Revision of Machinery of Youth Service Scheme, 1942
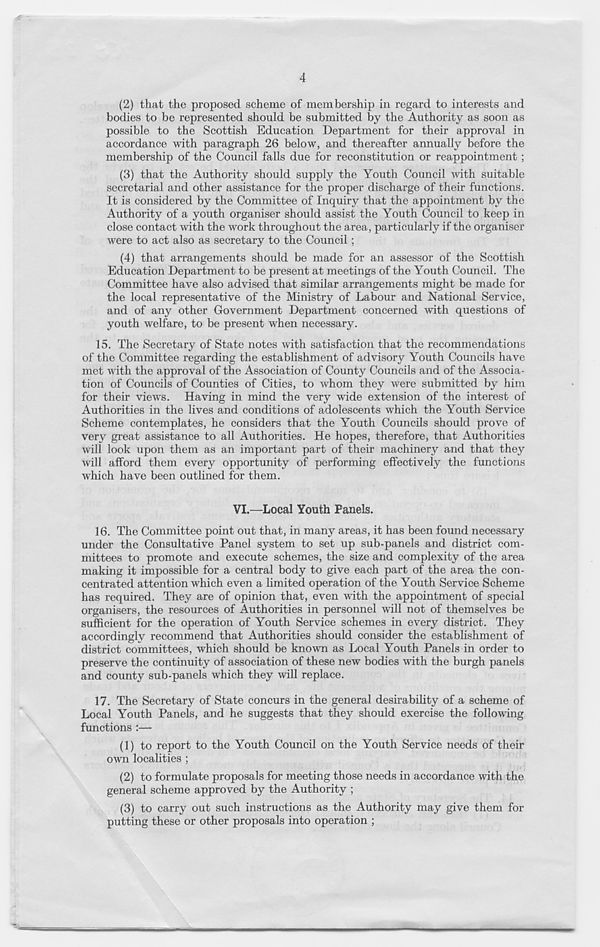
4
(2) that the proposed scheme of membership in regard to interests and
bodies to be represented should be submitted by the Authority as soon as
possible to the Scottish Education Department for their approval in
accordance with paragraph 26 below, and thereafter annually before the
membership of the Council falls due for reconstitution or reappointment;
(3) that the Authority should supply the Youth Council with suitable
secretarial and other assistance for the proper discharge of their functions.
It is considered by the Committee of Inquiry that the appointment by the
Authority of a youth organiser should assist the Youth Council to keep in
close contact with the work throughout the area, particularly if the organiser
were to act also as secretary to the Council ;
(4) that arrangements should be made for an assessor of the Scottish
Education Department to be present at meetings of the Youth Council. The
Committee have also advised that similar arrangements might be made for
the local representative of the Ministry of Labour and National Service,
and of any other Government Department concerned with questions of
youth welfare, to be present when necessary.
15. The Secretary of State notes with satisfaction that the recommendations
of the Committee regarding the establishment of advisory Youth Councils have
met with the approval of the Association of County Councils and of the Associa-
tion of Councils of Counties of Cities, to whom they were submitted by him
for their view's. Having in mind the very wide extension of the interest of
Authorities in the lives and conditions of adolescents which the Youth Service
Scheme contemplates, he considers that the Youth Councils should prove of
very great assistance to all Authorities. He hopes, therefore, that Authorities
will look upon them as an important part of their machinery and that they
will afford them every opportunity of performing effectively the functions
which have been outlined for them.
VI.—Local Youth Panels.
16. The Committee point out that, in many areas, it has been found necessary
under the Consultative Panel system to set up sub-panels and district com-
mittees to promote and execute schemes, the size and complexity of the area
making it impossible for a central body to give each part of the area the con-
centrated attention which even a limited operation of the Youth Service Scheme
has required. They are of opinion that, even with the appointment of special
organisers, the resources of Authorities in personnel will not of themselves be
sufficient for the operation of Youth Service schemes in every district. They
accordingly recommend that Authorities should consider the establishment of
district committees, which should be known as Local Youth Panels in order to
preserve the continuity of association of these new bodies with the burgh panels
and county sub-panels which they will replace.
17. The Secretary of State concurs in the general desirability of a scheme of
Local Youth Panels, and he suggests that they should exercise the following
functions :—
(1) to report to the Youth Council on the Youth Service needs of their
own localities ;
(2) to formulate proposals for meeting those needs in accordance with the
general scheme approved by the Authority ;
(3) to carry out such instructions as the Authority may give them for
putting these or other proposals into operation ;